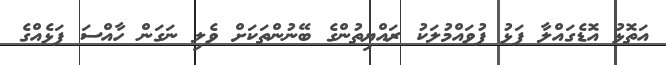
އަތޮޅު އޮޑެގައްލާ ފަޅު ފުވައްމުލަކު ރައްޔިތުންގެ ބޭނުންތަކަށް ވެލި ނަގަން ހާއްސަ ފަޅެއްގެ